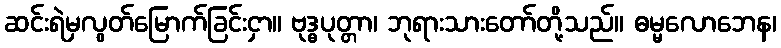
ဆင်းရဲမှလွတ်မြောက်ခြင်းငှာ။ ဗုဒ္ဓပုတ္တာ၊ ဘုရားသားတော်တို့သည်။ ဓမ္မလောဘေန၊